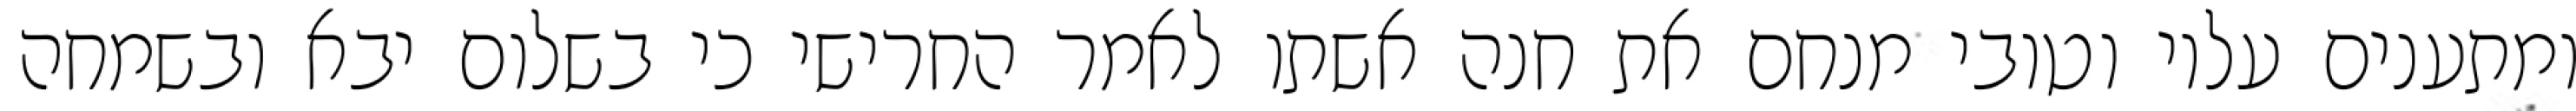
ומתענים עליו וטובי מנחם את חנה אשתו לאמר החרישי כי בשלום יבא ובשמחה